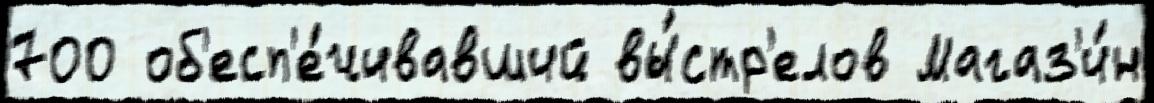
700 об'есп'е́чивавший вы́стр'елов Магаз'и́н